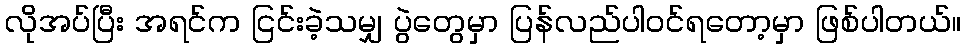
လိုအပ်ပြီး အရင်က ငြင်းခဲ့သမျှ ပွဲတွေမှာ ပြန်လည်ပါဝင်ရတော့မှာ ဖြစ်ပါတယ်။